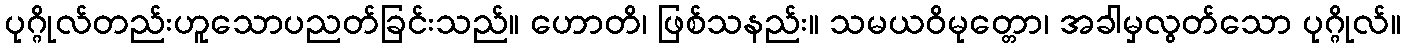
ပုဂ္ဂိုလ်တည်းဟူသောပညတ်ခြင်းသည်။ ဟောတိ၊ ဖြစ်သနည်း။ သမယဝိမုတ္တော၊ အခါမှလွတ်သော ပုဂ္ဂိုလ်။